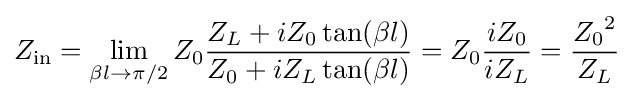
Z_{\mathrm {in} }=\lim _{\beta l\rightarrow \pi /2}{Z_{0}{\frac {Z_{L}+iZ_{0}\tan({\beta l})}{Z_{0}+iZ_{L}\tan({\beta l})}}}=Z_{0}{\frac {iZ_{0}}{iZ_{L}}}={\frac {{Z_{0}}^{2}}{Z_{L}}}